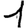
Digit: 1